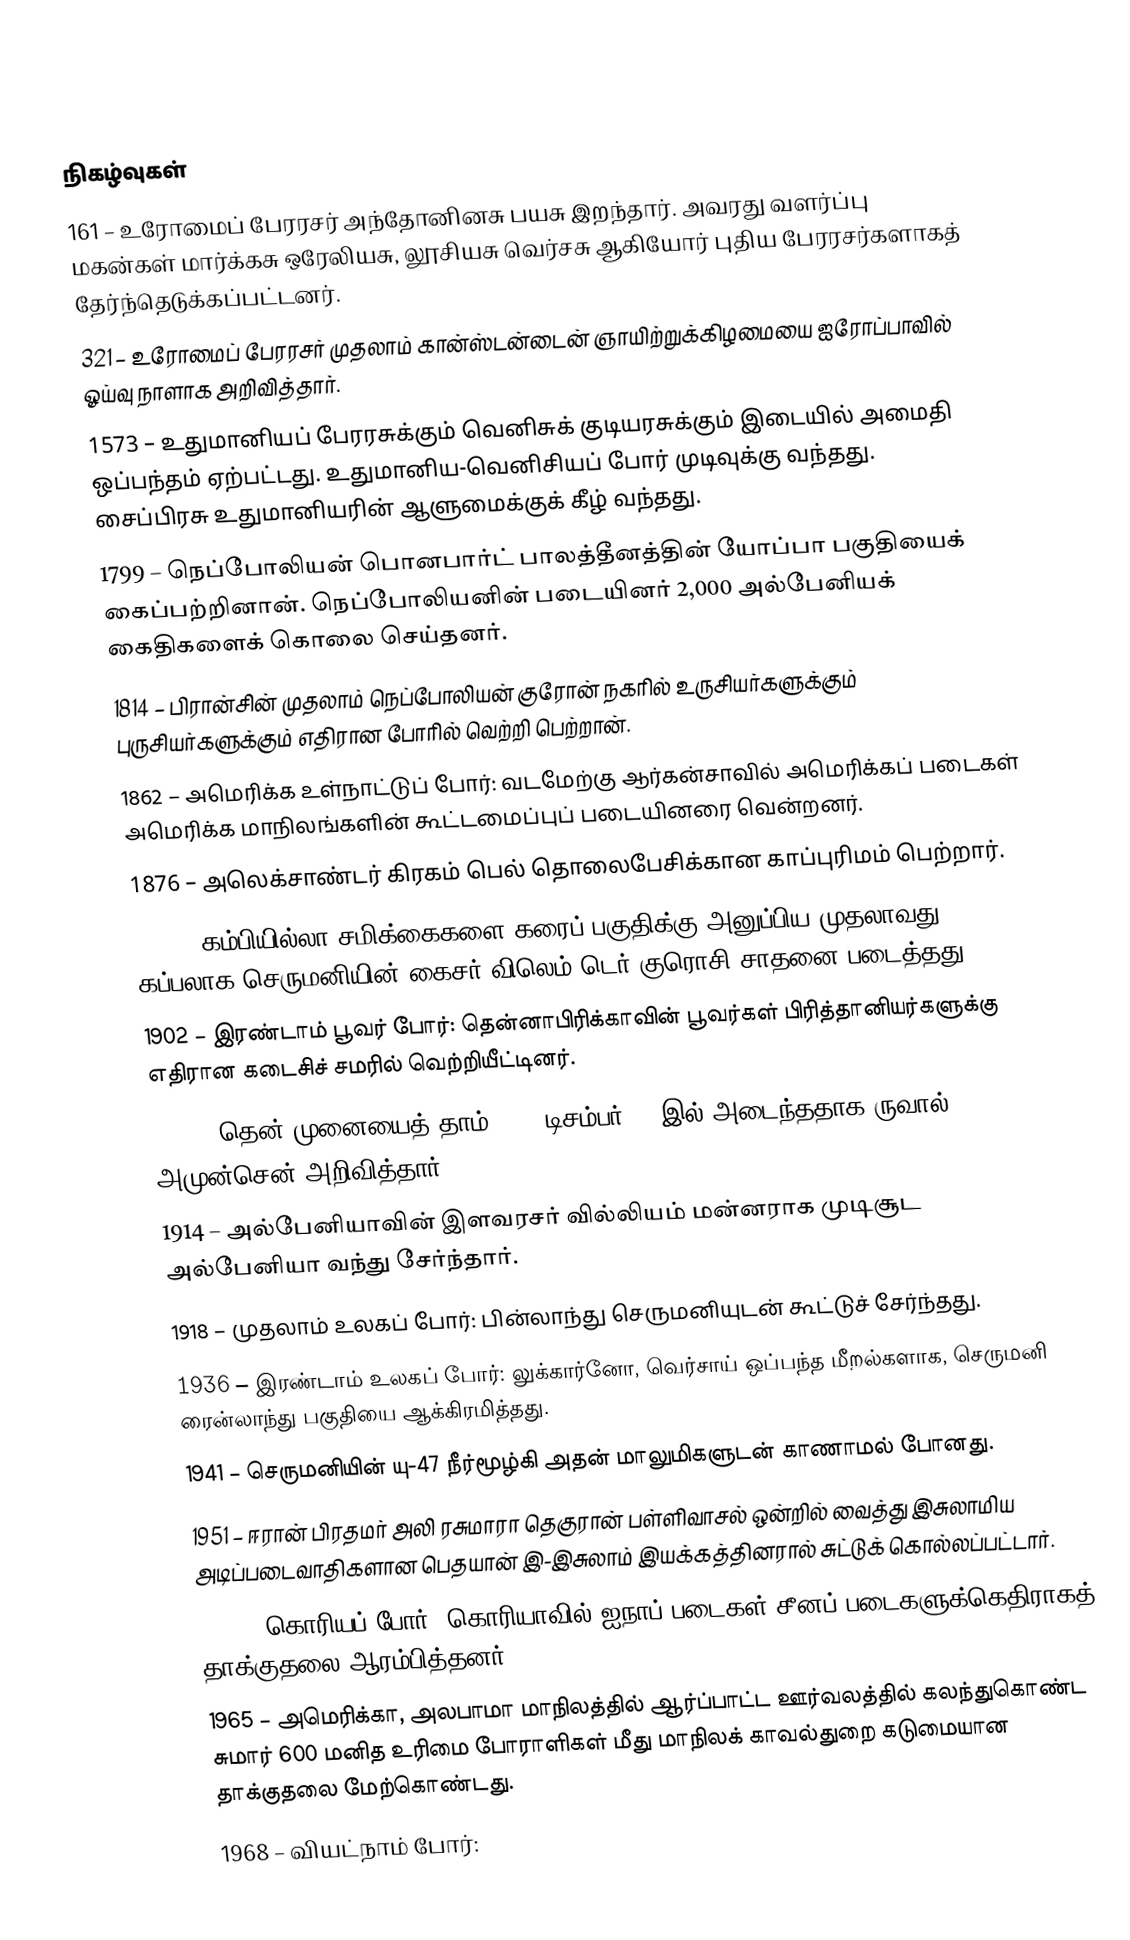

நிகழ்வுகள்
 161 – உரோமைப் பேரரசர் அந்தோனினசு பயசு இறந்தார். அவரது வளர்ப்பு மகன்கள் மார்க்கசு ஒரேலியசு, லூசியசு வெர்சசு ஆகியோர் புதிய பேரரசர்களாகத் தேர்ந்தெடுக்கப்பட்டனர்.
 321 – உரோமைப் பேரரசர் முதலாம் கான்ஸ்டன்டைன் ஞாயிற்றுக்கிழமையை ஐரோப்பாவில் ஓய்வு நாளாக அறிவித்தார்.
1573 – உதுமானியப் பேரரசுக்கும் வெனிசுக் குடியரசுக்கும் இடையில் அமைதி ஒப்பந்தம் ஏற்பட்டது. உதுமானிய-வெனிசியப் போர் முடிவுக்கு வந்தது. சைப்பிரசு உதுமானியரின் ஆளுமைக்குக் கீழ் வந்தது.
1799 – நெப்போலியன் பொனபார்ட் பாலத்தீனத்தின் யோப்பா பகுதியைக் கைப்பற்றினான். நெப்போலியனின் படையினர் 2,000 அல்பேனியக் கைதிகளைக் கொலை செய்தனர்.
1814 – பிரான்சின் முதலாம் நெப்போலியன் குரோன் நகரில் உருசியர்களுக்கும் புருசியர்களுக்கும் எதிரான போரில் வெற்றி பெற்றான்.
1862 – அமெரிக்க உள்நாட்டுப் போர்: வடமேற்கு ஆர்கன்சாவில் அமெரிக்கப் படைகள் அமெரிக்க மாநிலங்களின் கூட்டமைப்புப் படையினரை வென்றனர்.
1876 – அலெக்சாண்டர் கிரகம் பெல் தொலைபேசிக்கான காப்புரிமம் பெற்றார்.
1900 – கம்பியில்லா சமிக்கைகளை கரைப் பகுதிக்கு அனுப்பிய முதலாவது கப்பலாக செருமனியின் கைசர் விலெம் டெர் குரொசி சாதனை படைத்தது.
1902 – இரண்டாம் பூவர் போர்: தென்னாபிரிக்காவின் பூவர்கள் பிரித்தானியர்களுக்கு எதிரான கடைசிச் சமரில் வெற்றியீட்டினர்.
1912 – தென் முனையைத் தாம் 1911 டிசம்பர் 14 இல் அடைந்ததாக ருவால் அமுன்சென் அறிவித்தார்.
1914 – அல்பேனியாவின் இளவரசர் வில்லியம் மன்னராக முடிசூட அல்பேனியா வந்து சேர்ந்தார்.
1918 – முதலாம் உலகப் போர்: பின்லாந்து செருமனியுடன் கூட்டுச் சேர்ந்தது.
1936 – இரண்டாம் உலகப் போர்: லுக்கார்னோ, வெர்சாய் ஒப்பந்த மீறல்களாக, செருமனி ரைன்லாந்து பகுதியை ஆக்கிரமித்தது.
1941 – செருமனியின் யு-47 நீர்மூழ்கி அதன் மாலுமிகளுடன் காணாமல் போனது.
1951 – ஈரான் பிரதமர் அலி ரசுமாரா தெகுரான் பள்ளிவாசல் ஒன்றில் வைத்து இசுலாமிய அடிப்படைவாதிகளான பெதயான் இ-இசுலாம் இயக்கத்தினரால் சுட்டுக் கொல்லப்பட்டார்.
1951 – கொரியப் போர்: கொரியாவில் ஐநாப் படைகள் சீனப் படைகளுக்கெதிராகத் தாக்குதலை ஆரம்பித்தனர்.
1965 – அமெரிக்கா, அலபாமா மாநிலத்தில் ஆர்ப்பாட்ட ஊர்வலத்தில் கலந்துகொண்ட சுமார் 600 மனித உரிமை போராளிகள் மீது மாநிலக் காவல்துறை கடுமையான தாக்குதலை மேற்கொண்டது.
1968 – வியட்நாம் போர்: